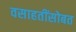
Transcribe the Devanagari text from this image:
वसाहतींसोबत